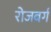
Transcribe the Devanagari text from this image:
रोजबर्ग